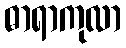
ဓာရာကုလာ